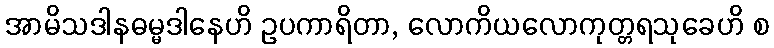
အာမိသဒါနဓမ္မဒါနေဟိ ဥပကာရိတာ, လောကိယလောကုတ္တရသုခေဟိ စ